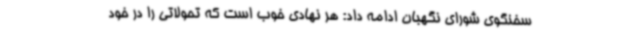
سخنگوی شورای نگهبان ادامه داد: هر نهادی خوب است که تحولاتی را در خود